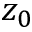
z _ { 0 }